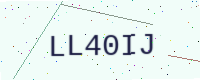
Text: LL40IJ